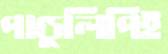
পাণ্ডুলিপিই